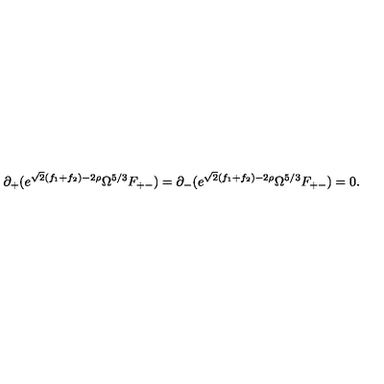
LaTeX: \partial _ { + } ( e ^ { \sqrt { 2 } ( f _ { 1 } + f _ { 2 } ) - 2 \rho } \Omega ^ { 5 / 3 } F _ { + - } ) = \partial _ { - } ( e ^ { \sqrt { 2 } ( f _ { 1 } + f _ { 2 } ) - 2 \rho } \Omega ^ { 5 / 3 } F _ { + - } ) = 0 .